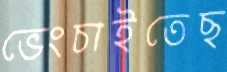
ভেংচাইতেছ